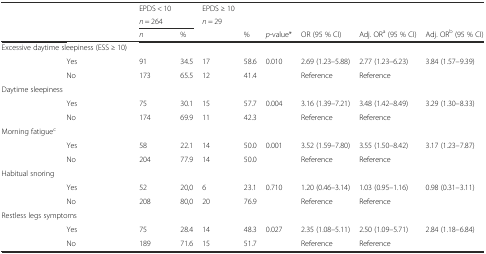
<table><thead><tr><td></td><td></td><td><b>EPDS &lt; 10</b></td><td></td><td><b>EPDS ≥ 10</b></td><td></td><td></td><td></td><td></td><td></td></tr><tr><td></td><td></td><td colspan="2"><b><i>n</i> = 264</b></td><td colspan="2"><b><i>n</i> = 29</b></td><td></td><td></td><td></td><td></td></tr><tr><td></td><td></td><td><b><i>n</i></b></td><td><b>%</b></td><td></td><td><b>%</b></td><td><b><i>p</i>-value*</b></td><td><b>OR (95 % CI)</b></td><td><b>Adj. OR<sup>a</sup> (95 % CI)</b></td><td><b>Adj. OR<sup>b</sup> (95 % CI)</b></td></tr></thead><tbody><tr><td colspan="2">Excessive daytime sleepiness (ESS ≥ 10)</td><td></td><td></td><td></td><td></td><td></td><td></td><td></td><td></td></tr><tr><td></td><td>Yes</td><td>91</td><td>34.5</td><td>17</td><td>58.6</td><td>0.010</td><td>2.69 (1.23–5.88)</td><td>2.77 (1.23–6.23)</td><td>3.84 (1.57–9.39)</td></tr><tr><td></td><td>No</td><td>173</td><td>65.5</td><td>12</td><td>41.4</td><td></td><td>Reference</td><td>Reference</td><td></td></tr><tr><td colspan="2">Daytime sleepiness</td><td></td><td></td><td></td><td></td><td></td><td></td><td></td><td></td></tr><tr><td></td><td>Yes</td><td>75</td><td>30.1</td><td>15</td><td>57.7</td><td>0.004</td><td>3.16 (1.39–7.21)</td><td>3.48 (1.42–8.49)</td><td>3.29 (1.30–8.33)</td></tr><tr><td></td><td>No</td><td>174</td><td>69.9</td><td>11</td><td>42.3</td><td></td><td>Reference</td><td>Reference</td><td></td></tr><tr><td colspan="2">Morning fatigue<sup>c</sup></td><td></td><td></td><td></td><td></td><td></td><td></td><td></td><td></td></tr><tr><td></td><td>Yes</td><td>58</td><td>22.1</td><td>14</td><td>50.0</td><td>0.001</td><td>3.52 (1.59–7.80)</td><td>3.55 (1.50–8.42)</td><td>3.17 (1.23–7.87)</td></tr><tr><td></td><td>No</td><td>204</td><td>77.9</td><td>14</td><td>50.0</td><td></td><td>Reference</td><td>Reference</td><td></td></tr><tr><td colspan="2">Habitual snoring</td><td></td><td></td><td></td><td></td><td></td><td></td><td></td><td></td></tr><tr><td></td><td>Yes</td><td>52</td><td>20,0</td><td>6</td><td>23.1</td><td>0.710</td><td>1.20 (0.46–3.14)</td><td>1.03 (0.95–1.16)</td><td>0.98 (0.31–3.11)</td></tr><tr><td></td><td>No</td><td>208</td><td>80,0</td><td>20</td><td>76.9</td><td></td><td>Reference</td><td>Reference</td><td></td></tr><tr><td colspan="2">Restless legs symptoms</td><td></td><td></td><td></td><td></td><td></td><td></td><td></td><td></td></tr><tr><td></td><td>Yes</td><td>75</td><td>28.4</td><td>14</td><td>48.3</td><td>0.027</td><td>2.35 (1.08–5.11)</td><td>2.50 (1.09–5.71)</td><td>2.84 (1.18–6.84)</td></tr><tr><td></td><td>No</td><td>189</td><td>71.6</td><td>15</td><td>51.7</td><td></td><td>Reference</td><td>Reference</td><td></td></tr></tbody></table>